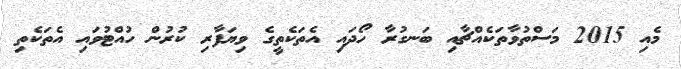
މެއި 2015 މަސްތުވާތަކެއްޗާއި ބަނގުރާ ހޯދައި އެތަކެތީގެ ވިޔަފާރި ކުރުން ހުއްޓުވައި އެތަކެތި